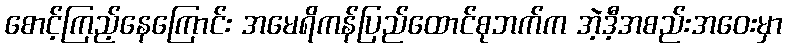
စောင့်ကြည့်နေကြောင်း အမေရိကန်ပြည်ထောင်စုဘက်က အဲ့ဒီ့အစည်းအဝေးမှာ